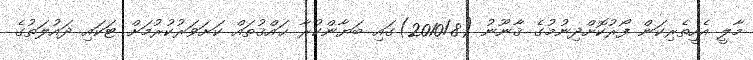
މާލީ އެހީތެރިކަން ފޯރުކޮށްދިނުމުގެ ޤާނޫނު (2010/8)ގައި ބަޔާންކުރާ ޙައްޤުތައް ކަށަވަރުކުރުމަށް ޓަކައި ދައުލަތުގެ